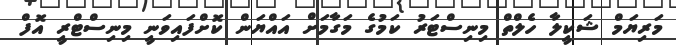
މަރިޔަމް ޝަކީލާ ހެލްތް މިނިސްޓަރު ކަމުގެ މަގާމަށް އައްޔަން ކޮށްފައިވަނީ މިނިސްޓްރީ އޮފް